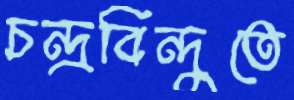
চন্দ্রবিন্দুতে